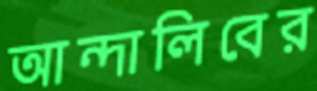
আন্দালিবের